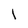
Character: 1